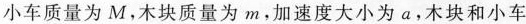
小车质量为M，木块质量为m，加速度大小为\alpha，木块和小车